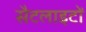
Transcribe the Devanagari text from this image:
सैटलाइटों